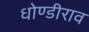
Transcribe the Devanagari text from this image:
धोण्डीराव